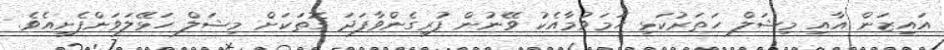
އައިޒަން އާއި މިޝަލް ހަތަރުކަޅި ހަމަވުމާއެކު ވޭނުން ފުރިގެންވާފަދަ ގޮތަކަށް މިޝަލް ހަޅޭލަވަންފެށިއެވެ.